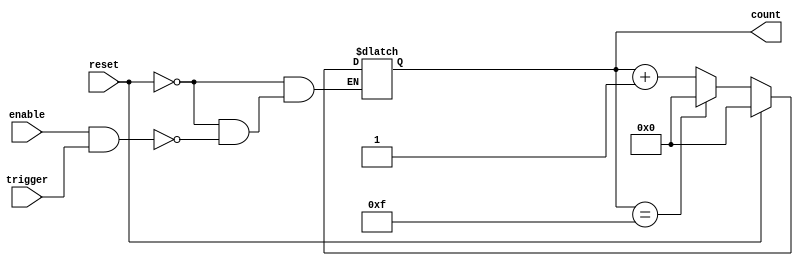
module dynamic_asynchronous_counter #(
    parameter N = 16 // Maximum count value (N), adjust as needed
)(
    input wire reset,      // Asynchronous reset signal
    input wire enable,     // Enable signal for counting
    input wire trigger,    // Asynchronous trigger signal for counting
    output reg [$clog2(N)-1:0] count // Current count value
);

// Asynchronous reset and counting logic
always @(*) begin
    if (reset) begin
        count = 0; // Reset the counter to 0
    end else if (enable && trigger) begin
        if (count == N-1) begin
            count = 0; // Wrap around to 0 after reaching maximum count
        end else begin
            count = count + 1; // Increment the counter
        end
    end
end

endmodule